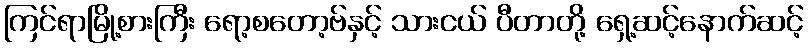
ကြင်ရာမြို့စားကြီး ရော့စတော့ဗ်နှင့် သားငယ် ပီတာတို့ ရှေ့ဆင့်နောက်ဆင့်